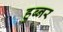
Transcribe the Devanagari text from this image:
हुब्नर